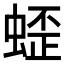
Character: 𱿯